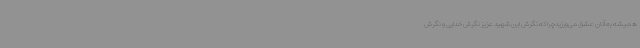
همیشه به آنان عشق می‌ورزیدچرا که نگرش این شهید عزیز نگرش خدایی و نگرش